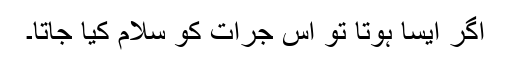
اگر ایسا ہوتا تو اس جرات کو سلام کیا جاتا۔